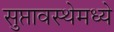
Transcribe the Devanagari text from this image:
सुप्तावस्थेमध्ये